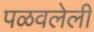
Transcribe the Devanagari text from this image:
पळवलेली